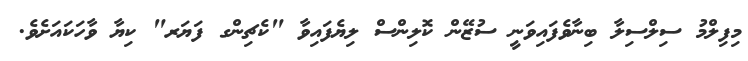
މިފިލްމު ސިލްސިލާ ބިނާވެފައިވަނީ ސުޒޭން ކޮލިންސް ލިޔެފައިވާ "ކެޗިންގ ފަޔަރ" ކިޔާ ވާހަކައަށެވެ.